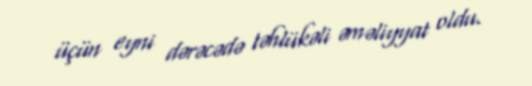
üçün eyni dərəcədə təhlükəli əməliyyat oldu.